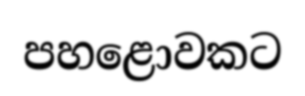
පහළොවකට